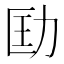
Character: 劻